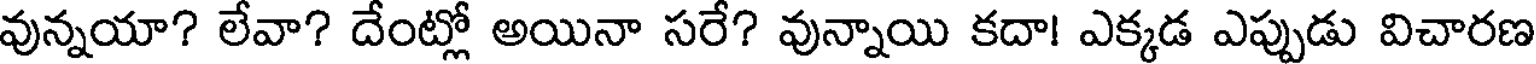
వున్నయా? లేవా? దేంట్లో అయినా సరే? వున్నాయి కదా! ఎక్కడ ఎప్పుడు విచారణ